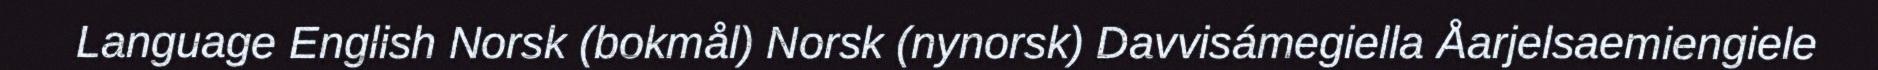
Language English Norsk (bokmål) Norsk (nynorsk) Davvisámegiella Åarjelsaemiengiele